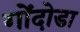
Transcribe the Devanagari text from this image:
गोंदोडा